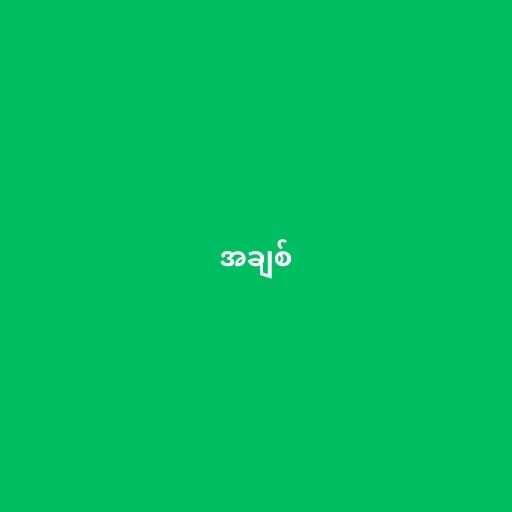
အချစ်